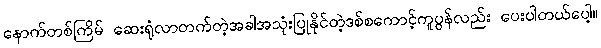
နောက်တစ်ကြိမ် ဆေးရုံလာတက်တဲ့အခါအသုံးပြုနိုင်တဲ့ဒစ်စကောင့်ကူပွန်လည်း ပေးပါတယ်ပေါ့။